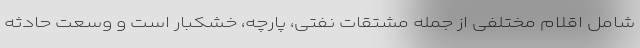
شامل اقلام مختلفی از جمله مشتقات نفتی، پارچه، خشکبار است و وسعت حادثه